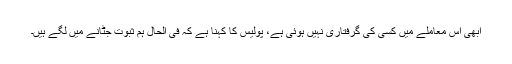
ابھی اس معاملے میں کسی کی گرفتاری نہیں ہوئی ہے، پولیس کا کہنا ہے کہ فی الحال ہم ثبوت جٹانے میں لگے ہیں۔